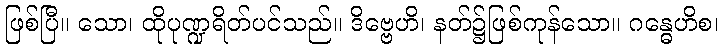
ဖြစ်ပြီ။ သော၊ ထိုပုဏ္ဍရိတ်ပင်သည်။ ဒိဗ္ဗေဟိ၊ နတ်၌ဖြစ်ကုန်သော။ ဂန္ဓေဟိစ၊